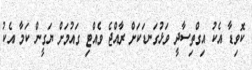
ކޮވިޑާ އެކު އިގްތިސާދީ ވަޅުގަނޑަކަށް ރާއްޖެ ވެއްޓި ގައުމަށް ޔަގީން ކަމާ އެކު